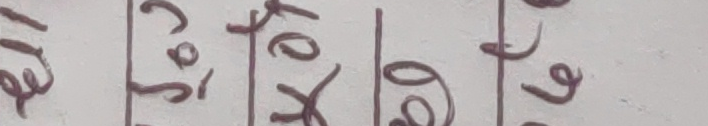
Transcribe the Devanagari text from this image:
१३ ९०१ ७०५ ७०६ ७०८